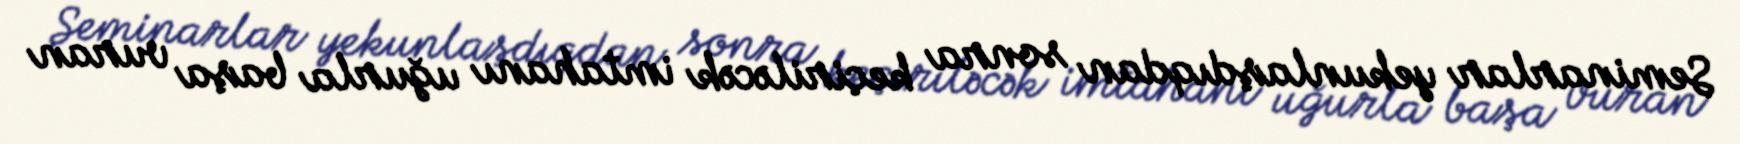
Seminarlar yekunlaşdıqdan sonra keçiriləcək imtahanı uğurla başa vuran